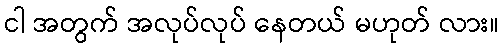
ငါ အတွက် အလုပ်လုပ် နေတယ် မဟုတ် လား။